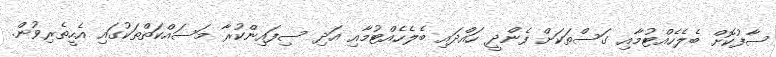
ސާފުކޮށް ބެލެހެއްޓުމާއި ގަސްތަކަށް ފެންދީ ހައްދައި ބެލެހެއްޓުމާއި އަދި ސިފައިންކުރާ މަސައްކަތްތަކުގައި އެހީތެރިވުން.